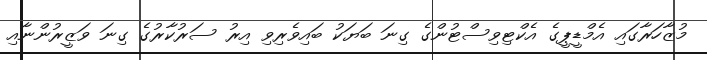
މުޒާހަރާގައި އެމްޑީޕީގެ އެކްޓިވިސްޓުންގެ ގިނަ ބަޔަކު ބައިވެރިވި އިރު ސަރުކާރުގެ ގިނަ ވަޒީރުންނާއި